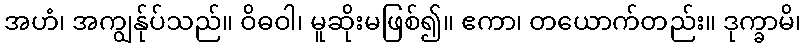
အဟံ၊ အကျွန်ုပ်သည်။ ဝိဓဝါ၊ မူဆိုးမဖြစ်၍။ ဧကာ၊ တယောက်တည်း။ ဒုက္ခာမိ၊